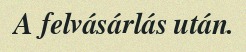
A felvásárlás után.